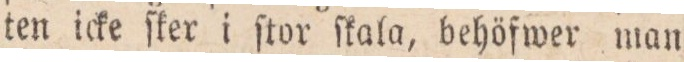
ten icke ſker i ſtor ſkala, behöfwer man